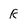
Character: R